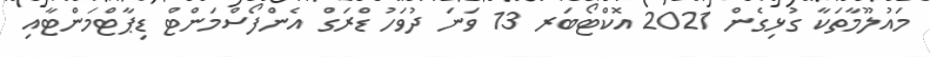
މައުލޫމާތަކާ ގުޅިގެން 2021 އޮކްޓޯބަރ 13 ވަނަ ދުވަހު ޑްރަގް އެންފޯސްމަންޓް ޑިޕާޓްމަންޓާއި